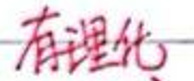
有理化